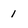
Character: 1